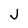
Character: J